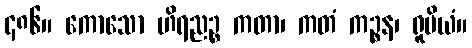
၄၈၆။ ကောသော ဟိရညဉ္စ ကတာ၊ ကတံ ကဉ္စန၊ ရူပိယံ။